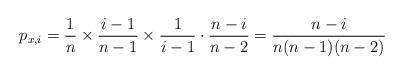
LaTeX: \begin{align*}p_{x,i}=\frac1n\times \frac{i-1}{n-1}\times \frac{1}{i-1}\cdot \frac{n-i}{n-2}=\frac{n-i}{n(n-1)(n-2)}\end{align*}